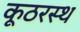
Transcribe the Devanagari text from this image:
कूठरस्थ